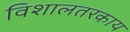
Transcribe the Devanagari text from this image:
विशालतरकाय